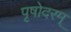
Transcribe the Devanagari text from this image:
पृषोदरम्